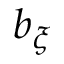
b _ { \xi }